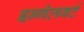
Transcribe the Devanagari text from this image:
इन्गेलबर्ट